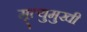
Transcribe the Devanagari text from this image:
मृ्त्युमुखी